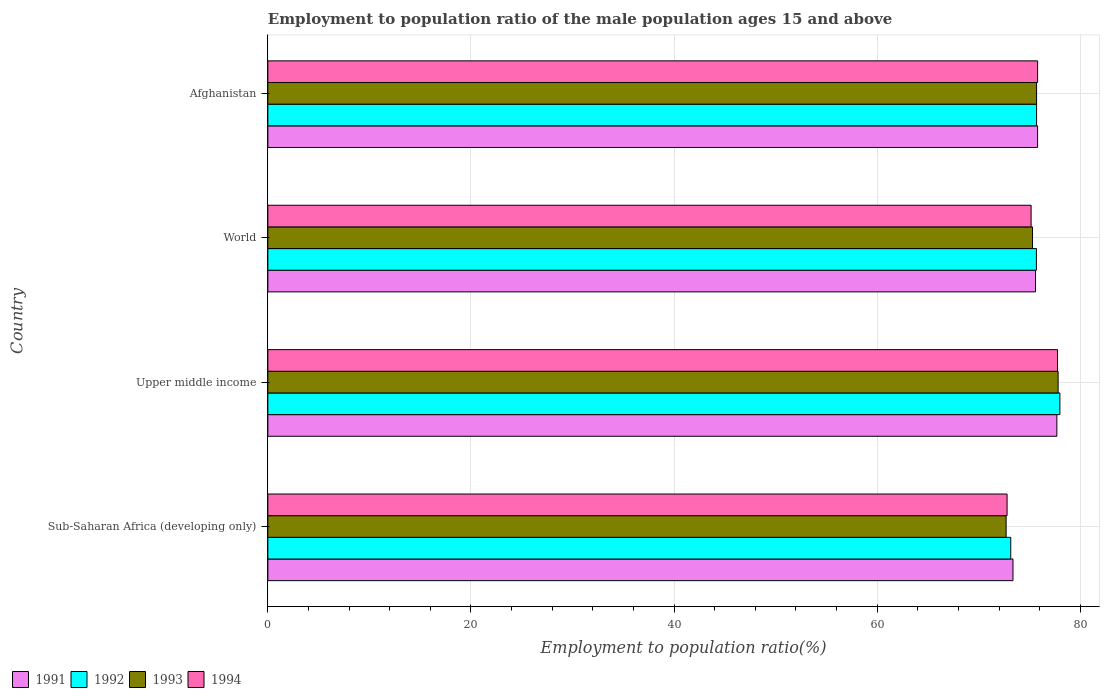
| Country | 1991 | 1992 | 1993 | 1994 |
 | --- | --- | --- | --- | --- |
 | Sub-Saharan Africa (developing only) | 73.4 | 73.2 | 72.7 | 72.8 |
 | Upper middle income | 77.7 | 78 | 77.8 | 77.8 |
 | World | 75.6 | 75.7 | 75.3 | 75.2 |
 | Afghanistan | 75.8 | 75.7 | 75.7 | 75.8 |